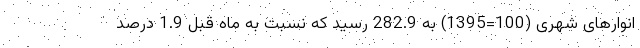
انوار‌های شهری (100=1395) به 282.9 رسید که نسبت به ماه قبل 1.9 درصد